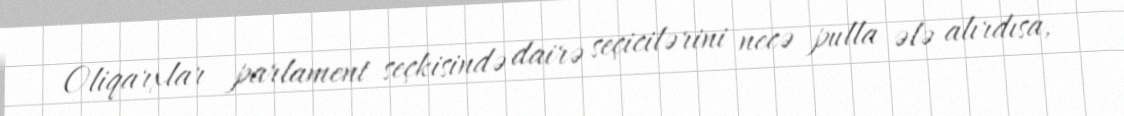
Oliqarxlar parlament seçkisində dairə seçicilərini necə pulla ələ alırdısa,